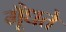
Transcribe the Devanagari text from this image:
गूँधते